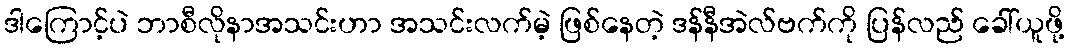
ဒါကြောင့်ပဲ ဘာစီလိုနာအသင်းဟာ အသင်းလက်မဲ့ ဖြစ်နေတဲ့ ဒန်နီအဲလ်ဗက်ကို ပြန်လည် ခေါ်ယူဖို့